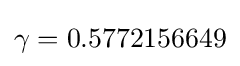
\gamma =0.5772156649